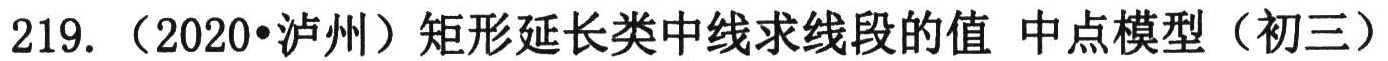
219. （2020•泸州）矩形延长类中线求线段的值 中点模型（初三）